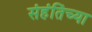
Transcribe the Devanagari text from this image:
संहंतिंच्या